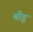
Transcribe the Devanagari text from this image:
बीडू